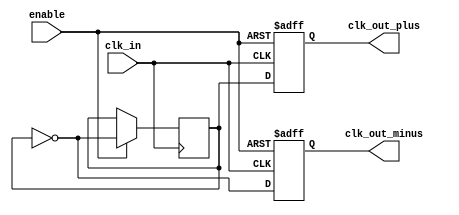
module differential_clock_buffer (
    input wire clk_in,         // Single-ended clock input
    input wire enable,         // Enable signal for the buffer
    output reg clk_out_plus,   // Differential clock output +
    output reg clk_out_minus   // Differential clock output -
);

    // Parameters for clock generation
    parameter CLK_PERIOD = 10; // Clock period in time units (e.g., ns)
    parameter DUTY_CYCLE = 50;  // Duty cycle in percentage

    // Internal signal for clock toggling
    reg clk_internal;

    // Clock generation process
    always @(posedge clk_in or negedge enable) begin
        if (!enable) begin
            clk_out_plus <= 1'b0;
            clk_out_minus <= 1'b0;
        end else begin
            // Generate the internal clock signal
            clk_internal <= ~clk_internal;

            // Generate differential outputs
            clk_out_plus <= clk_internal;
            clk_out_minus <= ~clk_internal;
        end
    end

    // Initial block to set the internal clock state
    initial begin
        clk_internal = 1'b0;
        clk_out_plus = 1'b0;
        clk_out_minus = 1'b0;
    end

endmodule